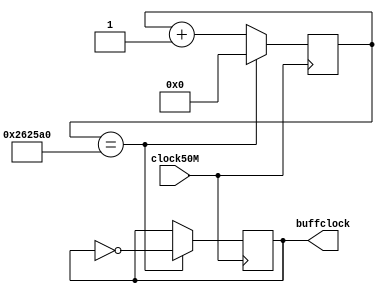
module buffclock_div(clock50M, buffclock);
	input clock50M;
	output reg buffclock;
	
	reg [23:0]divider;
	
	always @ (posedge clock50M)
		begin
			if (divider == 2500000)   //*2500000 this is 1ms* *Add 0's for longer time*
				begin
				buffclock = ~buffclock;
				divider=0;
				end
			else
				divider = divider + 1;
		end
endmodule